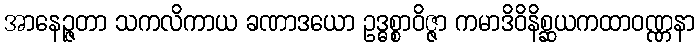
အာနေဉ္ဇတာ သကလိကာယ ခဏာဒယော ဥဒ္ဓစ္စာဝိဇ္ဇာ ကမာဒိဝိနိစ္ဆယကထာဝဏ္ဏနာ